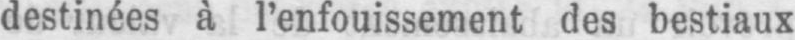
destinées à l’enfouissement des bestiaux